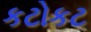
કટોકટ